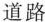
道路